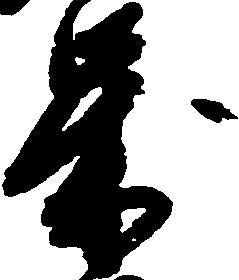
歳